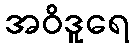
အဝိဒူရေ